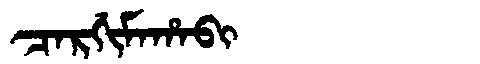
Manchu: ᠴᠠᡵᡤᡳᠮᠠᡥᠠᠪᡳ
Romanization: CARGIMAHABI